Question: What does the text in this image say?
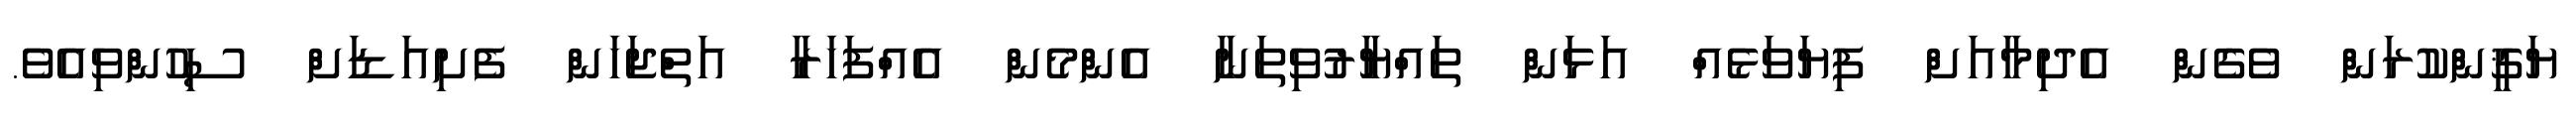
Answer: ޔަޤީންކުރަން ވެގެން އެދިމާއަށް ފިޔަވަޅެއް އަޅަން ތައްޔާރުވިތަނާ އެންމެން އެއްފަހަރާ އަތްޖަހަން ފެށިއަޑަށް ސިހުންވިއެވެ.